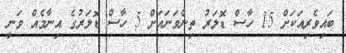
ބައިވެރިއަކަށް 15 ހާސް ޑޮލަރު ތިންވަނައަށް 5 ހާސް ޑޮލަރުގެ އިނާމެއް ވަނީ